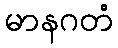
မာနဂတံ